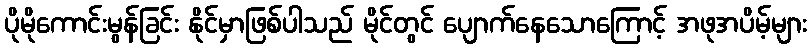
ပိုမိုကောင်းမွန်ခြင်း နိုင်မှာဖြစ်ပါသည် မိုင်တွင် ပျောက်နေသောကြောင့် အဖုအပိမ့်များ